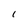
Character: 1